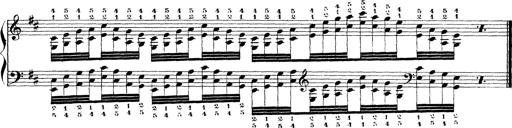
Title: Technische Studien
Composer: Franz Liszt